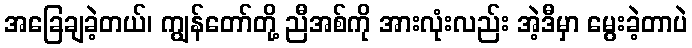
အခြေချခဲ့တယ်၊ ကျွန်တော်တို့ ညီအစ်ကို အားလုံးလည်း အဲ့ဒီမှာ မွေးခဲ့တာပဲ